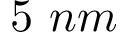
5 \ n m